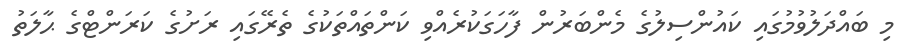
މި ބައްދަލުވުމުގައި ކައުންސިލުގެ މެންބަރުން ފާހަގަކުރެއްވި ކަންތައްތަކުގެ ތެރޭގައި ރަށުގެ ކަރަންޓްގެ ޙާލަތު